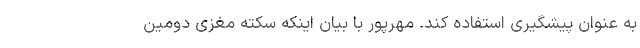
به عنوان پیشگیری استفاده کند. مهرپور با بیان اینکه سکته مغزی دومین